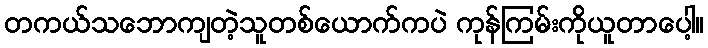
တကယ်သဘောကျတဲ့သူတစ်ယောက်ကပဲ ကုန်ကြမ်းကိုယူတာပေါ့။